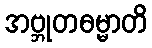
အဗ္ဘုတဓမ္မာတိ